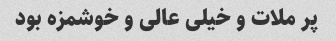
پر ملات و خیلی عالی و خوشمزه بود